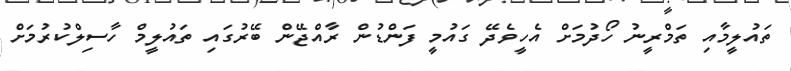
ތައުލީމާއި ތަމްރީނު ހޯދުމަށް އެހީވެދޭ ގައުމީ ފަންޑުން ރާއްޖޭން ބޭރުގައި ތައުލީމް ހާސިލްކުރުމަށް